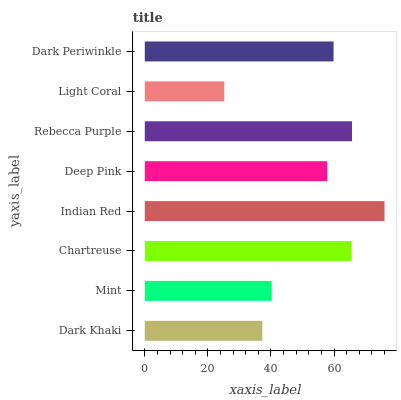
| yaxis_label | bars |
 | --- | --- |
 | Dark Khaki | 37.3 |
 | Mint | 40.2 |
 | Chartreuse | 65.5 |
 | Indian Red | 76 |
 | Deep Pink | 57.8 |
 | Rebecca Purple | 65.7 |
 | Light Coral | 25.2 |
 | Dark Periwinkle | 59.8 |